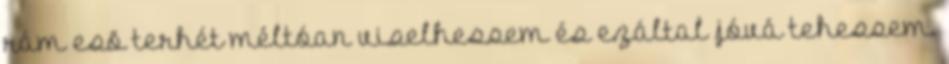
rám esõ terhét méltóan viselhessem és ezáltal jóvá tehessem.